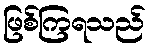
ဖြစ်ကြရသည်